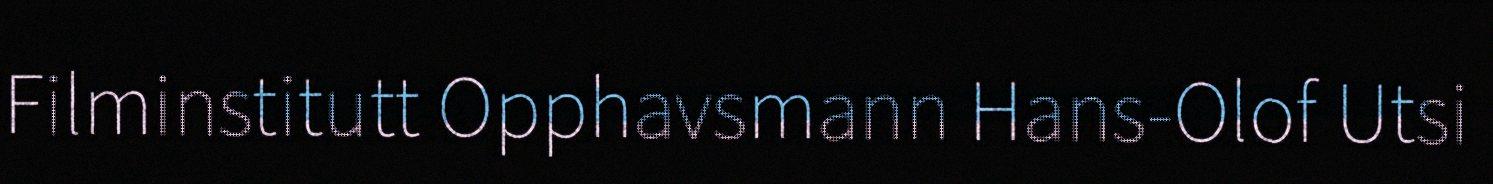
Filminstitutt Opphavsmann Hans-Olof Utsi